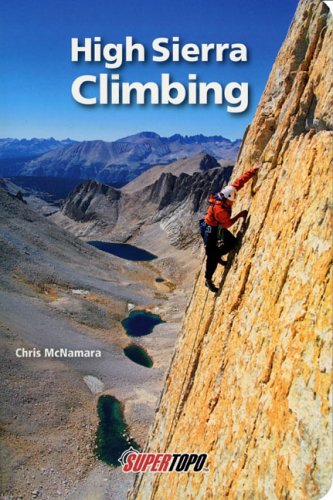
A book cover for High Sierra Climbing: California's Best High Country Climbs; Chris McNamara; Sports & Outdoors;